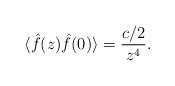
LaTeX: \begin{align*}\langle \hat f(z) \hat f(0)\rangle = {c/2\over z^4}.\end{align*}